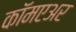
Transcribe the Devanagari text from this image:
कॉमएअर